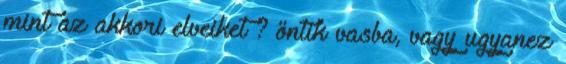
mint az akkori elveiket ? öntik vasba, vagy ugyanez